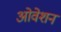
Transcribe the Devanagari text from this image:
ओवेशन